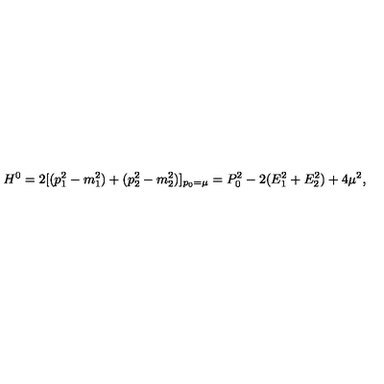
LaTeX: H ^ { 0 } = 2 [ ( p _ { 1 } ^ { 2 } - m _ { 1 } ^ { 2 } ) + ( p _ { 2 } ^ { 2 } - m _ { 2 } ^ { 2 } ) ] _ { p _ { 0 } = \mu } = P _ { 0 } ^ { 2 } - 2 ( E _ { 1 } ^ { 2 } + E _ { 2 } ^ { 2 } ) + 4 \mu ^ { 2 } ,